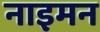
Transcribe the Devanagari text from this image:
नाइमन